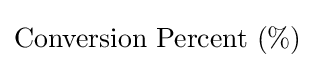
{\text{Conversion Percent}}\ (\%)